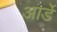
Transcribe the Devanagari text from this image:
आर्डे